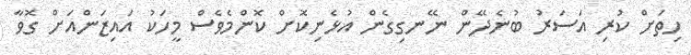
ހިތަށް ކުރި އަސަރު ބުނެދޭން ނޭނގިގެން އުޅެނިކޮށް ކޮންމެވެސް މީހަކު އައިޒަންއަށް ގޮވާ